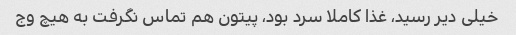
خیلی دیر رسید، غذا کاملا سرد بود، پیتون هم تماس نگرفت به هیچ وج